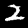
Label: 2